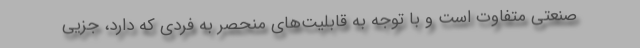
صنعتی متفاوت است و با توجه به قابلیت­‌های منحصر به فردی که دارد، جزیی